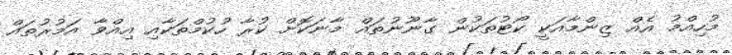
މުހިއްމު އެއް ޒިންމާއަކީ ކޯޓުތަކުން ގާނޫނުތައް މާނަކޮށް ކުރާ ހުކުމްތަކާއި އިއްވާ އަމުރުތައް